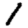
Digit: 1